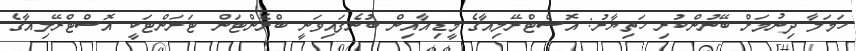
ހަމަލާ ދިނުމަށް ބޭނުންކުރި ހަތިޔާރު: އޮސްޓްރޭލިއާގެ މީޑިއާއިން ބުނެފައިވަނީ ބްރެންޓަން ޓަރަންޓަކީ އޮސްޓްރޭލިއާގެ